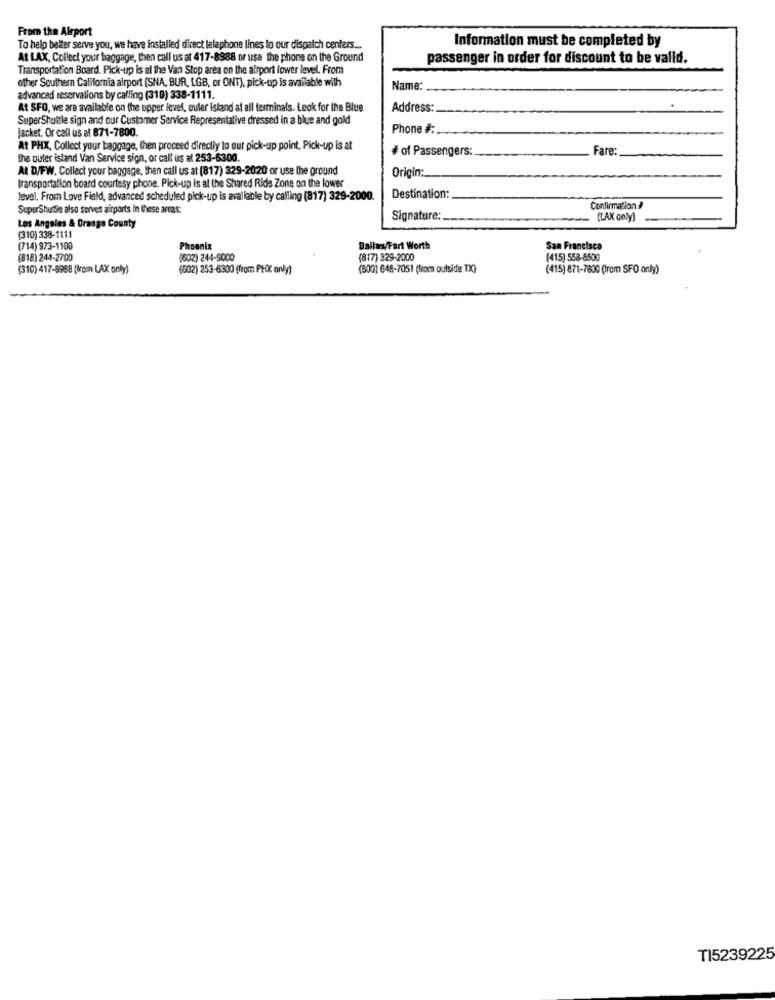
From the Airport
Information must be completed by
To help better serve you, we have installed direct lelaphone lines to our dispatch centers ...
At LAX, Collect your baggage, then call us at 417-8988 or use the phone on the Ground
passenger in order for discount to be valld.
Transportation Board. Pick-up is al the Van Stop area on the airport lower level. From
other Southern California airport (SNA, BUR, LGB, or ONT), pick-up is available with
Name:
advanced reservations by calling (310) 338-1111.
At SFO, we are available on the upper level, ouler island al all terminals. Look for the Blue
Address:
SuperShuttle sign and our Customer Service Representative dressed in a blue and gold
Jacket. Or call us at 871-7800.
Phone # :.
At PHX, Collect your baggage, then proceed directly to our pick-up point. Pick-up is at
# of Passengers:
Fare
the outer island Van Service sign, or call us at 253-6300.
At D/FW, Collect your baggage, then call us at (817) 329-2020 or use the ground
Origin:
transportation board courtesy phone. Pick-up is at the Shared Rids Zone on the lower
level. From Love Field, advanced scheduled pick-up is available by calling (817) 329-2000.
Destination:
SuperShuttle also serves zitports In these areas:
Confirmation /
Signature:
(LAX only)
(310) 338-1111
Los Angeles & Orange County
(714) 973-1100
Phoenix
Dallas/Fort Worth
San Francisco
(818) 244-2700
(602) 244-9000
(817) 329-2000
(415) 558-8500
(310) 417-8958 (from LAX only)
(602) 253-6300 (from PHX only)
(600) 648-7051 (from outside TX)
(415) 871-7800 (Iram SFO only)
TI5239225